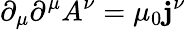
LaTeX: \partial_{\mu}\partial^{\mu}A^{\nu}=\mu_{0}\mathbf{j}^{\nu}